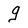
Character: g